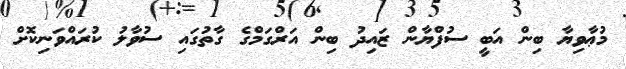
މުޢާވިޔާ ބިން އަބީ ސުފްޔާން ޒައިދު ބިން އަރްގަމްގެ ގާތުގައި ސުވާލު ކުރައްވަނިކޮށް